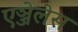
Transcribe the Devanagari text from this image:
एञ्जेलेस